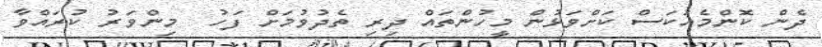
ދެން ކޮންމެއަކަސް ކަށްވަޅުން މީހުންތައް ދިރި ތެދުވުމަށް ފަހު  މިންވަރު ކުރައްވާ